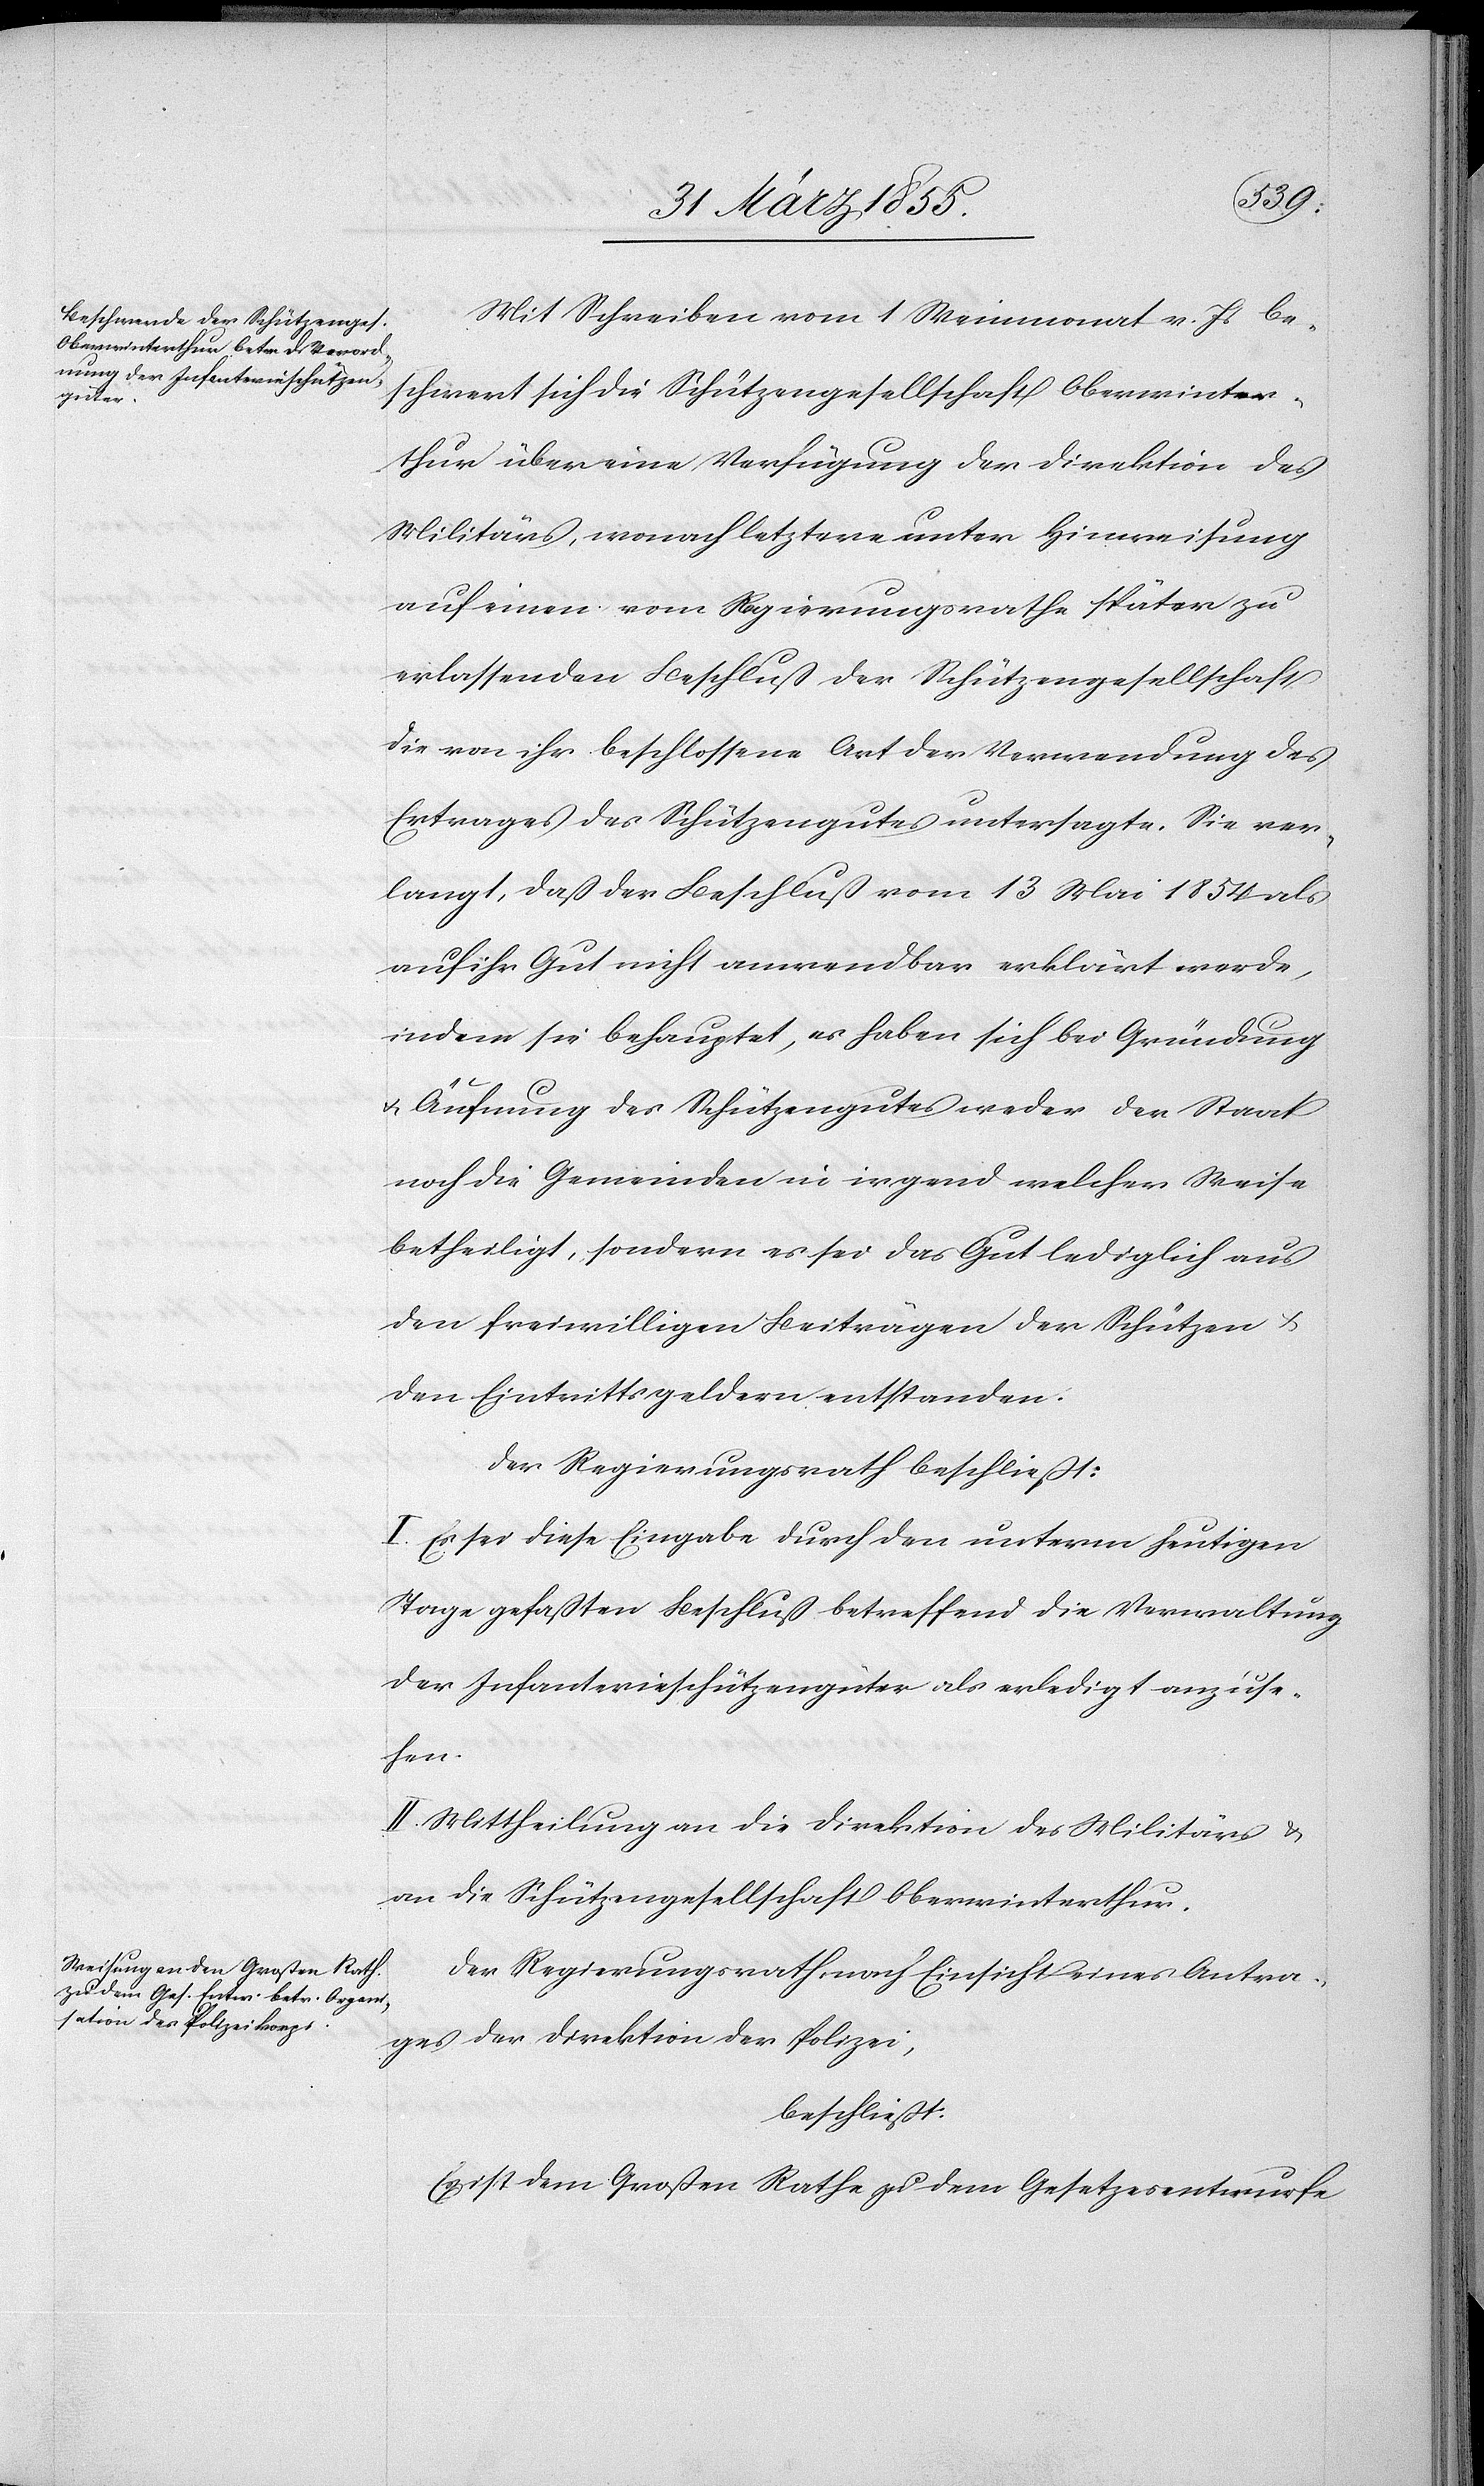
Mit Schreiben vom 1 Weinmonat v. Js be¬
schwert sich die Schützengesellschaft Oberwinter¬
thur über eine Verfügung der Direktion des
Militärs, wonach letztere unter Hinweisung
auf einen vom Regierungsrathe später zu
erlassenden Beschluß der Schützengesellschaft
die von ihr beschlossene Art der Verwendung des
Ertrages des Schützengutes untersagte. Sie ver¬
langt, daß der Beschluß vom 13 Mai 1854 als
auf ihr Gut nicht anwendbar erklärt werde,
indem sie behauptet, es haben sich bei Gründung
& Äufnung des Schützengutes weder der Staat
noch die Gemeinden in irgend welcher Weise
betheiligt, sondern es sei das Gut lediglich aus
den freiwilligen Beiträgen der Schützen &
den Eintrittsgeldern entstanden.
Der Regierungsrath beschließt:
I. Es sei diese Eingabe durch den unterm heutigen
Tage gefaßten Beschluß betreffend die Verwaltung
der Infanterieschützengüter als erledigt anzuse¬
hen.
II. Mittheilung an die Direktion des Militärs &
an die Schützengesellschaft Oberwinterthur.
Der Regierungsrath, nach Einsicht eines Antra¬
ges der Direktion der Polizei,
beschließt:
Es ist dem Großen Rathe zu dem Gesetzesentwurfe